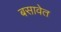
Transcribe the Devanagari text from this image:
बसावेत